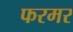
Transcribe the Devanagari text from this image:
फरमर